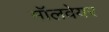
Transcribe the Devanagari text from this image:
मॉलवेयर